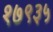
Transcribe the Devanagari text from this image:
१७९३५